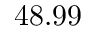
4 8 . 9 9